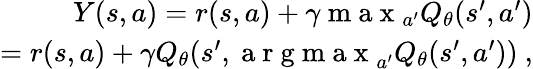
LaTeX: \begin{array}{r}{Y(s,a)=r(s,a)+\gamma\mathrm{~m~a~x~}_{a^{\prime}}Q_{\theta}(s^{\prime},a^{\prime})}\\ {=r(s,a)+\gamma Q_{\theta}(s^{\prime},\mathrm{~a~r~g~m~a~x~}_{a^{\prime}}Q_{\theta}(s^{\prime},a^{\prime}))~,}\end{array}